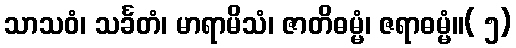
သာသဝံ၊ သင်္ခတံ၊ မာရာမိသံ၊ ဇာတိဓမ္မံ၊ ဇရာဓမ္မံ။( ၅)